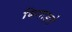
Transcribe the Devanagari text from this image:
बिगाड़ते